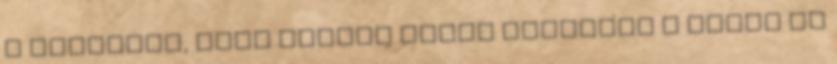
a keszitok, hogy amikor Teddy ramarkol a kesre az